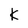
Character: K